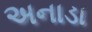
અનાડા